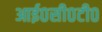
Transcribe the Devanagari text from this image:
आई०सी०टी०